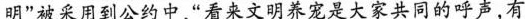
明”被采用到公约中，“看来文明养宠是大家共同的呼声，有